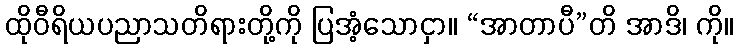
ထိုဝီရိယပညာသတိရားတို့ကို ပြအံ့သောငှာ။ “အာတာပီ”တိ အာဒိ၊ ကို။